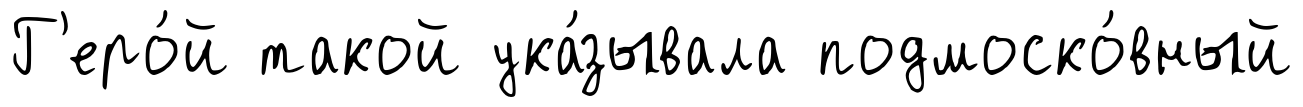
Г'еро́й такой ука́зывала подмоско́вный